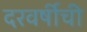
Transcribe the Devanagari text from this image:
दरवर्षीची